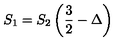
S _ { 1 } = S _ { 2 } \left( \frac { 3 } { 2 } - \Delta \right)